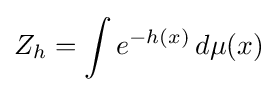
Z_{h}=\int e^{-h(x)}\,d\mu (x)